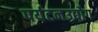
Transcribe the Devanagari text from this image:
पर्यटनउद्योग